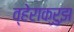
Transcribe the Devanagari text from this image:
व्हेराक्रुझ